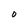
Character: O